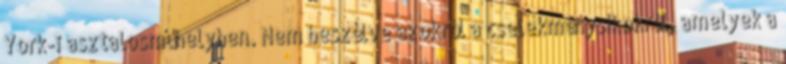
York-i asztalosműhelyben. Nem beszélve azokról a cselekménysíkokról, amelyek a